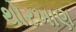
થોરખાણ